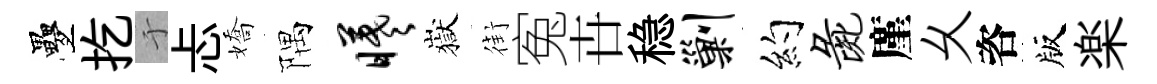
疊扢于忐嬌隅曦嶽街寃卋稳剿约彘廑乆咨版楽